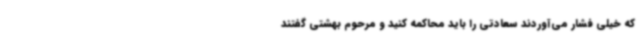
که خیلی فشار می‌آوردند سعادتی را باید محاکمه کنید و مرحوم بهشتی گفتند